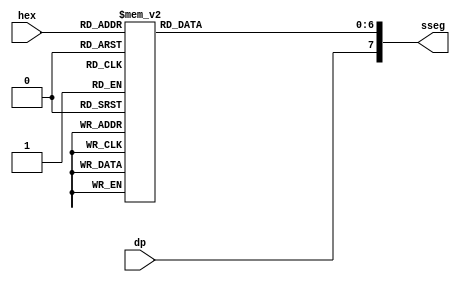
// Listing 3.14
module hex_to_sseg
   (
    input wire [3:0] hex,
    input wire dp,
    output reg [7:0] sseg  // output active low
   );

   always @*
   begin
      case(hex)
         4'h0: sseg[6:0] = 7'b1000000;
         4'h1: sseg[6:0] = 7'b1111001;
         4'h2: sseg[6:0] = 7'b0100100;
         4'h3: sseg[6:0] = 7'b0110000;
         4'h4: sseg[6:0] = 7'b0011001;
         4'h5: sseg[6:0] = 7'b0010010;
         4'h6: sseg[6:0] = 7'b0000010;
         4'h7: sseg[6:0] = 7'b1111000;
         4'h8: sseg[6:0] = 7'b0000000;
         4'h9: sseg[6:0] = 7'b0010000;
         4'ha: sseg[6:0] = 7'b0001000;
         4'hb: sseg[6:0] = 7'b0000011;
         4'hc: sseg[6:0] = 7'b1000110;
         4'hd: sseg[6:0] = 7'b0100001;
         4'he: sseg[6:0] = 7'b0000110;
         default: sseg[6:0] = 7'b0001110;  //4'hf
     endcase
     sseg[7] = dp;
   end

endmodule